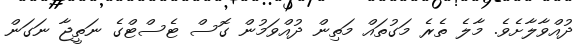
ދުއްވާލާށެވެ. މާލެ ތެރެ މަގުތައް މަތިން ދުއްވަމުން ގޮސް ޓެސްޓްގެ ނަތީޖާ ނަގަން